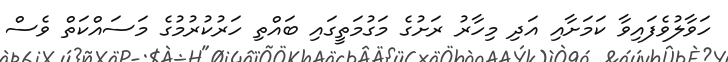
ހަވާލުވެފައިވާ ކަމަށާއި އަދި މިހާރު ރަށުގެ މަގުމަތީގައި ބައްތި ހަރުކުރުމުގެ މަސައްކަތް ވެސް